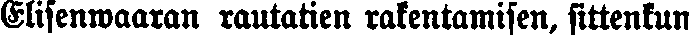
Elisenwaaran rautatien rakentaminsen, sittenkun